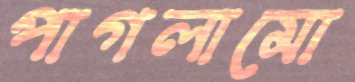
পাগলামো